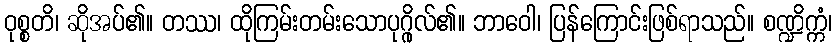
ဝုစ္စတိ၊ ဆိုအပ်၏။ တဿ၊ ထိုကြမ်းတမ်းသောပုဂ္ဂိုလ်၏။ ဘာဝေါ၊ ပြန်ကြောင်းဖြစ်ရာသည်။ စဏ္ဍိက္ကံ၊